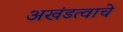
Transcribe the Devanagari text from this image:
अखंडत्वाचे